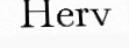
Herv